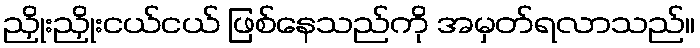
ညှိုးညှိုးငယ်ငယ် ဖြစ်နေသည်ကို အမှတ်ရလာသည်။